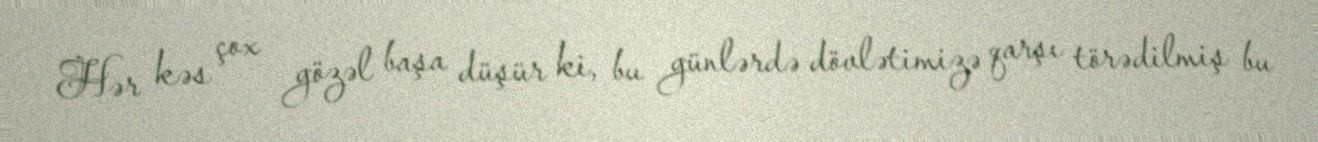
Hər kəs çox gözəl başa düşür ki, bu günlərdə dövlətimizə qarşı törədilmiş bu